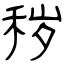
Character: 秽